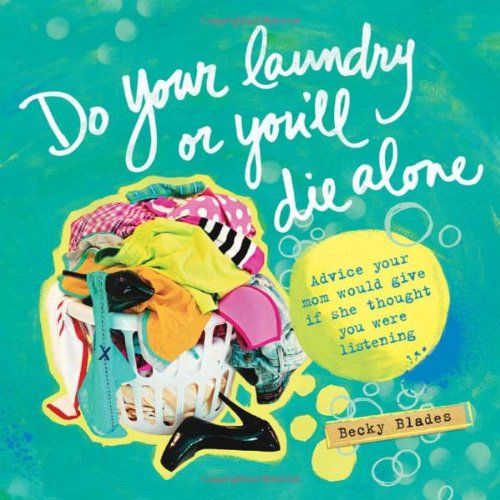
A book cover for Do Your Laundry or You'll Die Alone; Becky Blades; Humor & Entertainment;